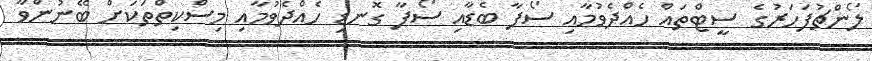
ލޯންޗުފަހަރުގެ ސީޓްތައް ހެއްދެވުމާއި ސޯފާ ބެޑާއި ސޯފާ ގޮނޑި ހެއްދެވުމާއި މިސްކިތްތަކަށް ބޭނުންވާ